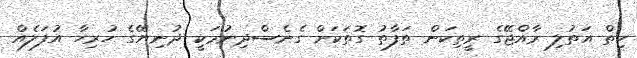
ހިތް އަތުލި ރާއްޖޭގެ ރީތިކަން ތަފާތު ގޮތަކަށް ގެނެސްދިނުމަކީ ދުނިޔޭގެ ހުރިހާ އުފަލެއް